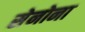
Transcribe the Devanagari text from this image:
सेनोना